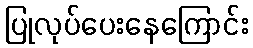
ပြုလုပ်ပေးနေကြောင်း